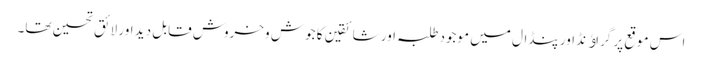
اس موقع پر گراﺅنڈ اور پنڈال میں موجود طلبہ اور شائقین کا جوش وخروش قابل دید اور لائق تحسین تھا۔